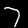
Digit: 7